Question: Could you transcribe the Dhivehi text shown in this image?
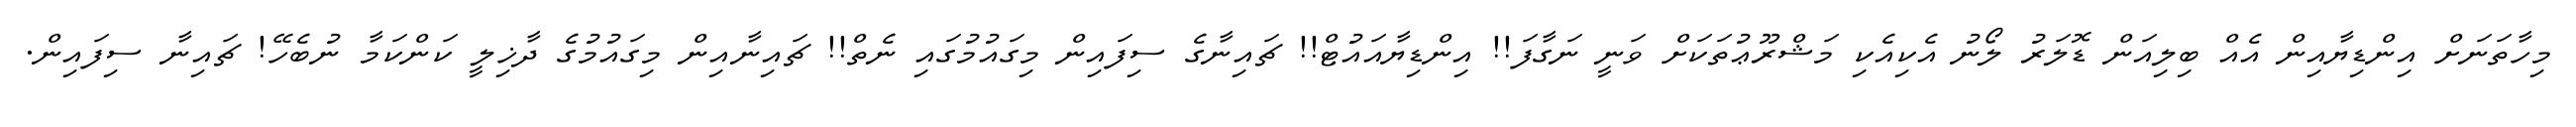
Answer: މިހާތަނަށް އިންޑިޔާއިން އެއް ބިލިއަން ޑޮލަރު ލޯނު އެކިއެކި މަޝްރޫޢުތަކަށް ވަނީ ނަގާފަ!! އިންޑިޔާއައުޓް!! ޗައިނާގެ ސިފައިން މިގައުމުގައި ނެތް!! ޗައިނާއިން މިގައުމުގެ ދާޚިލީ ކަންކަމާ ނުބެހޭ! ޗައިނާ ސިފައިން.